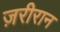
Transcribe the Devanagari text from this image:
ज़रीरान